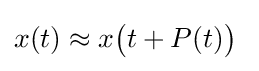
x(t)\approx x{\big (}t+P(t){\big )}\